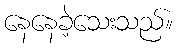
နေနေခဲ့သေးသည်။